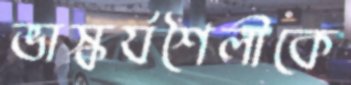
ভাস্কর্যশৈলীকে